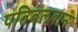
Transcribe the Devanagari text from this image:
पतिबलवान